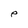
Character: e